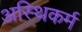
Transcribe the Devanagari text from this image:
अस्थिकर्म